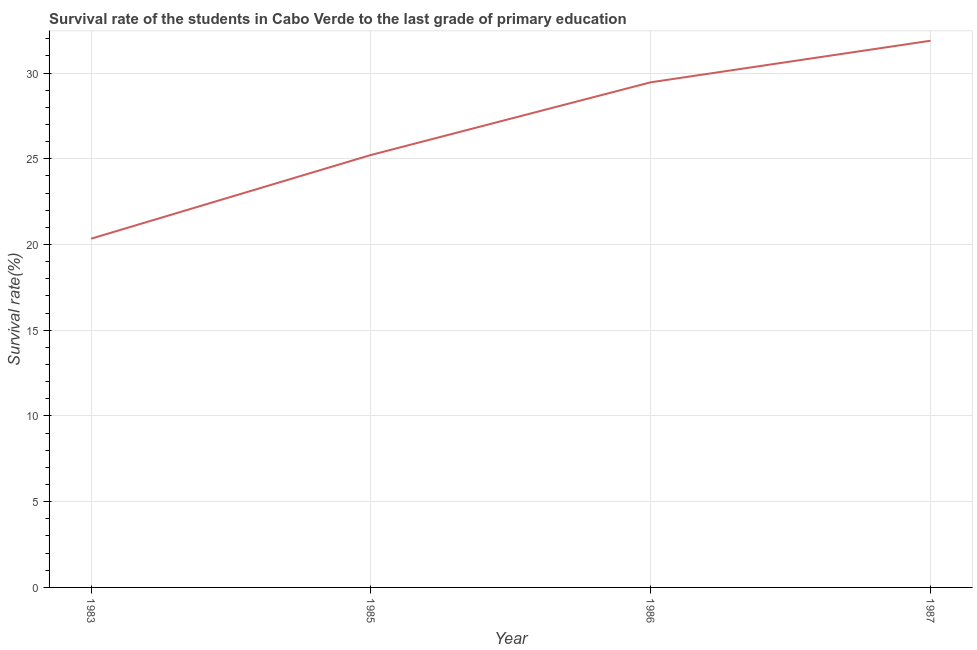
| Year | Primary Education |
 | --- | --- |
 | 1983 | 20.3 |
 | 1985 | 25.2 |
 | 1986 | 29.5 |
 | 1987 | 31.9 |